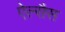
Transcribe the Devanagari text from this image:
ऐल्सैस